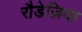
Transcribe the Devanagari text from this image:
रौडेज़िया